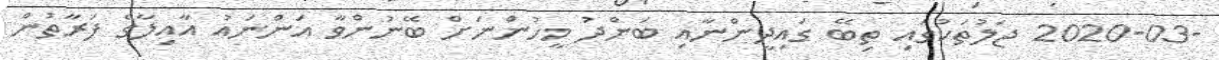
-2020-03 ޖަލުތަކުގައި ތިބޭ ގައިދީންނާއި ބަންދު މީހުންނަށް ބޭނުންވާ އަންނައު އާއިލާގެ ފަރާތުން